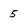
Character: 5